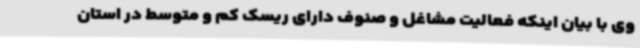
وی با بیان اینکه فعالیت مشاغل و ‌صنوف دارای ریسک کم و متوسط در استان